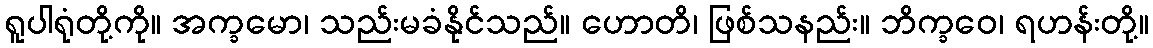
ရူပါရုံတို့ကို။ အက္ခမော၊ သည်းမခံနိုင်သည်။ ဟောတိ၊ ဖြစ်သနည်း။ ဘိက္ခဝေ၊ ရဟန်းတို့။